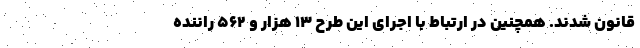
قانون شدند. همچنین در ارتباط با اجرای این طرح ۱۳ هزار و ۵۶۲ راننده